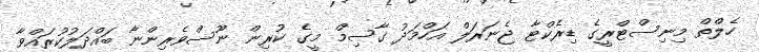
ހެލްތް މިނިސްޓްރީގެ ޑިރެކްޓާ ޖެނަރަލް އަހްމަދު ގާސިމް މީގެ ކުރިން ނޫސްވެރިންނާ ބައްދަލުކުރައްވާ